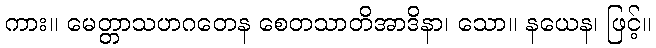
ကား။ မေတ္တာသဟဂတေန စေတသာတိအာဒိနာ၊ သော။ နယေန၊ ဖြင့်။